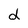
Character: d